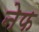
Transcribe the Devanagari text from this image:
नेफ